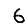
Digit: 6